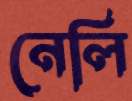
নেলি